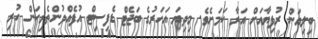
ބިލިއަން ރުފިޔާއަށް އަރާ ކަމަށެވެ. މިދިޔަ އަހަރުގެ ބަޖެޓް ޑެފިސިޓް އުފެއްދުންތެރިކަން ހުރި